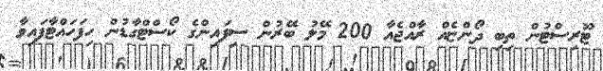
ޓޫރިސްޓުން ތިބި ދޯންޏެއް ރާއްޖެއާ 200 މޭލު ބޭރުން ސިފައިންގެ ކޯސްޓްގާޑުން ހިފަހައްޓާފައިވާ